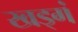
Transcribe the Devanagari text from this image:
खड्गं